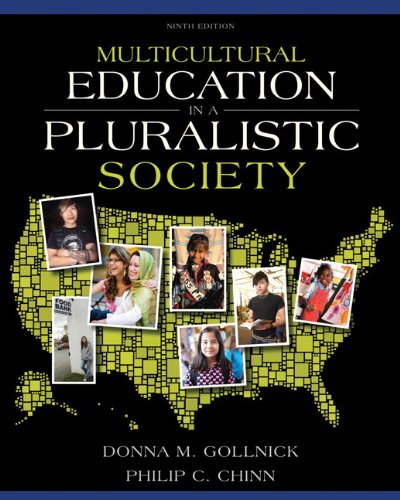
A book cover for Multicultural Education in a Pluralistic Society (9th Edition); Donna M. Gollnick; Education & Teaching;